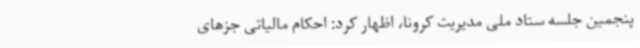
پنجمین جلسه ستاد ملی مدیریت کرونا، اظهار کرد: احکام مالیاتی جزهای